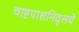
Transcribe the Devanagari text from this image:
चाष्टपाशनिवृत्तये